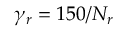
\gamma _ { r } = 1 5 0 / N _ { r }